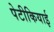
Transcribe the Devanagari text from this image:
पेटीकियाई